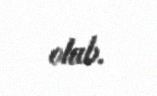
olub.